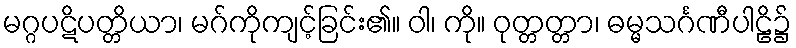
မဂ္ဂပဋိပတ္တိယာ၊ မဂ်ကိုကျင့်ခြင်း၏။ ဝါ၊ ကို။ ဝုတ္တတ္တာ၊ ဓမ္မသင်္ဂဏီပါဠိ၌